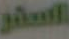
السفر